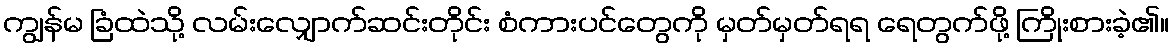
ကျွန်မ ခြံထဲသို့ လမ်းလျှောက်ဆင်းတိုင်း စံကားပင်တွေကို မှတ်မှတ်ရရ ရေတွက်ဖို့ ကြိုးစားခဲ့၏။